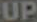
UP